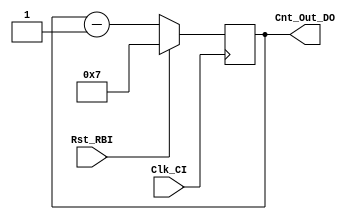
/* ================================================================================
// Counter: Counter for NYQ Block
// Project: SynTech
// ---- Description ---------------------------------------------------------------
// A simple counter that goes from 0d to 7d then wraps around.
//
// ---- Input/Output specifications -----------------------------------------------
// Cnt_Out_DO	counter output [3bit]
// ================================================================================ */

module counter    (

input                       Clk_CI,  // Clock signal
input                       Rst_RBI, // Asynchronous active low reset

output reg [3:0] Cnt_Out_DO  // Counter value output
);

//-Logic-
always @(posedge Clk_CI)
if (Rst_RBI) begin
  Cnt_Out_DO <= 3'b111;
end else begin
  Cnt_Out_DO <= Cnt_Out_DO - 1;
end

endmodule